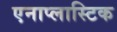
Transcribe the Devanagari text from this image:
एनाप्लास्टिक